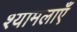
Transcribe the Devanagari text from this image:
श्यामलाएँ